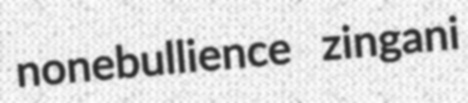
nonebullience zingani